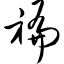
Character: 褊